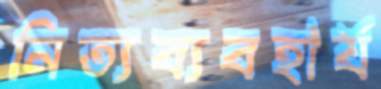
নিত্যব্যবহার্য